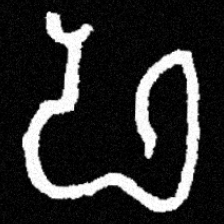
Pyu character \u2014 Myanmar letter: ဖ (romanized: pha)